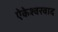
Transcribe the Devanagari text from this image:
ऐकेश्वरवाद